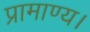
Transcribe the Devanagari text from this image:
प्रामाण्य।